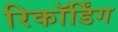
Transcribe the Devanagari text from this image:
रिकॉर्डिंग